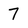
Character: 7